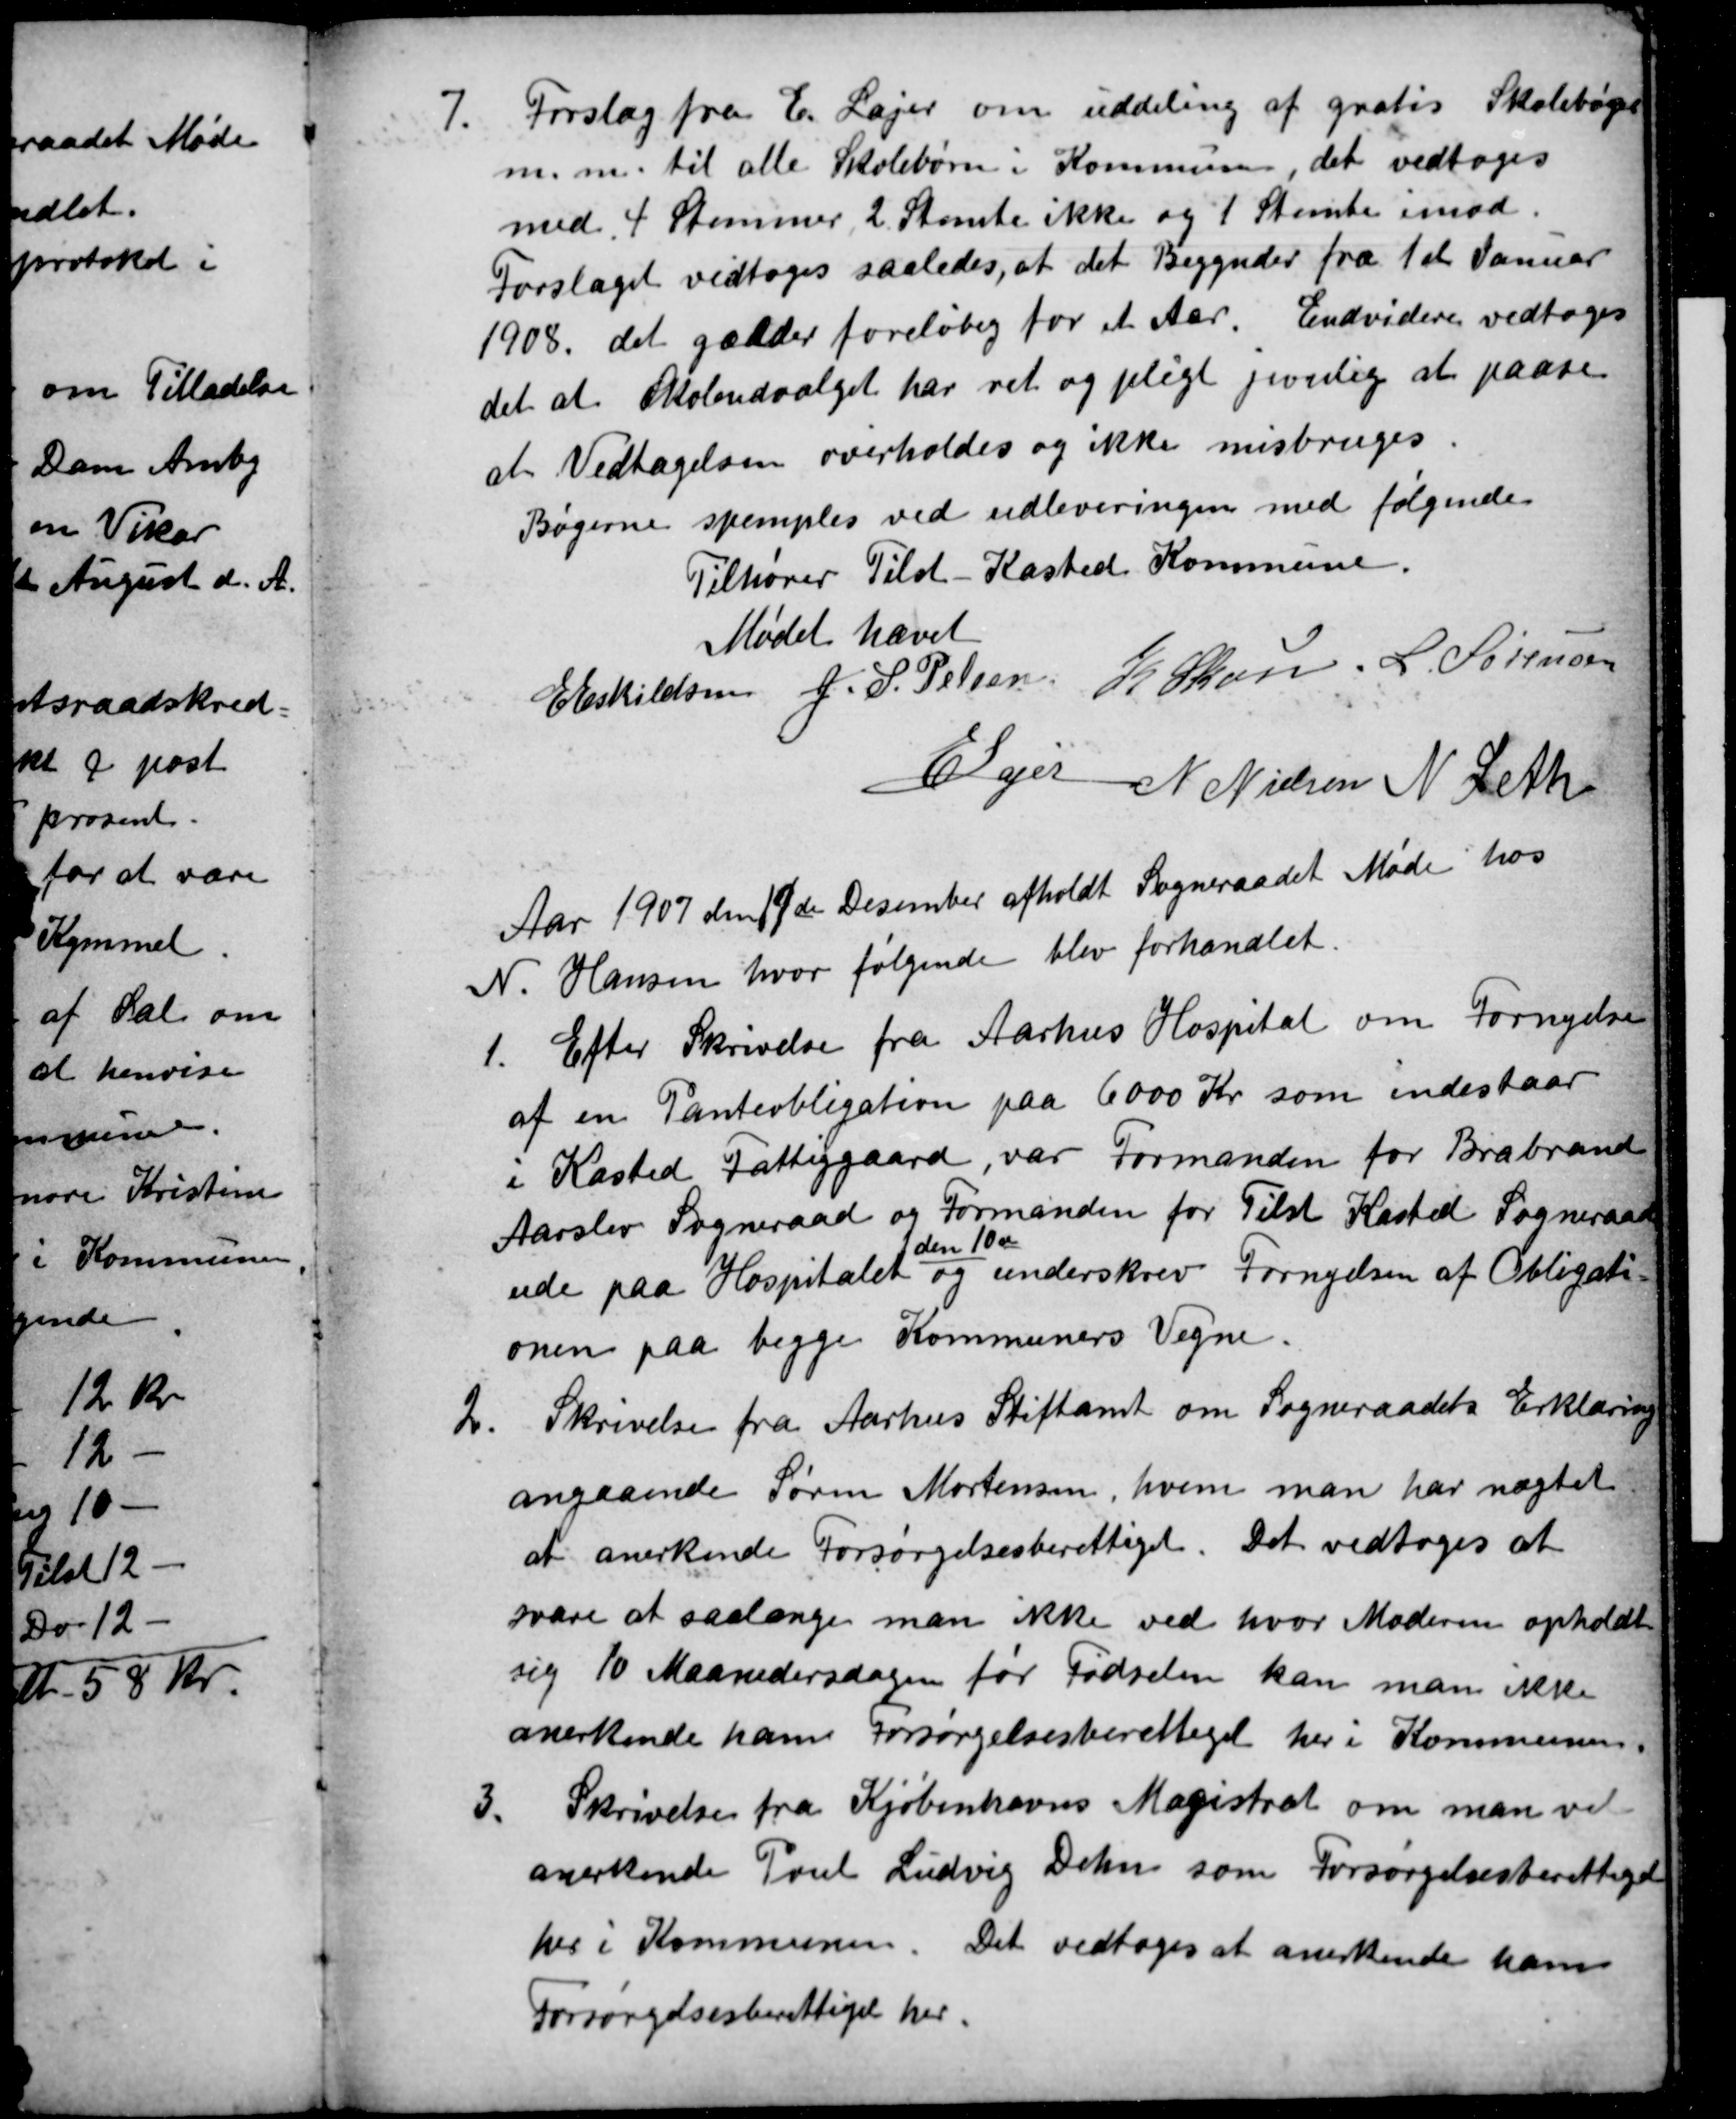
Transskription:
7.
Forslag fra E. Lajer om uddeling af gratis Skolebøger
m. m. til alle Skolebørn i Kommunen, det vedtoges
med 4 Stemmer, 2 Stemte ikke og 1 Stemte imod.
Forslaget vedtoges saaledes, at det Begynder fra 1st Januar
1908. det gælder foreløbig for et Aar. Endvidere vedtoges
det at Skoleudvalget har ret og pligt jevnlig at paase
at Vedtagelsen overholdes og ikke misbruges.
Bøgerne spemples ved udleveringen med følgende
Tilhører Tilst-Kasted Kommune.
Mødet hævet
E Eskildsen
J. P. Pelsen
K Skou
L. Sørensen
E Lajer
N Nielsen
N Leth
Aar 1907 den 19de Desember afholdt Sogneraadet Møde hos
N. Hansen, hvor følgende blev forhandlet.
1.
Efter Skrivelse fra Aarhus Hospital om Fornyelse
af en Panteobligation paa 6000 Kr som indestaar
i Kasted Fattiggaard, var Formanden for Brabrand
Aarslev Sogneraad og Formanden for Tilst Kasted Sogneraad
ude paa Hospitalet 
den 10 de
 og underskrev Fornyelsen af Obligati-
onen paa begge Kommuners Vegne.
2fra Aarhus Stiftamt om Sogneraadets Erklæring
Skrivelse fra Aarhus Stiftamt om Sogneraadets Erklæring
angaaende Søren Mortensen, hvem man har nægtet
at anerkende Forsørgelsesberettiget. Det vedtoges at
svare at saalænge man ikke ved hvor Moderen opholdt
sig 10 Maanedersdagen før Fødselen kan man ikke
anerkende ham forsørgelsesberettiget her i Kommunen.
3.
Skrivelse fra Kjøbenhavns Magistrat om man vil
anerkende Poul Ludvig Dehn som Forsørgelsesberettiget
her i Kommunen. Det vedtoges at anerkende ham
Forsørgelsesberettiget her.